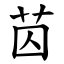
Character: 苬